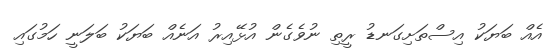
އެއް ބަޔަކު އިސްތަށިގަނޑު ރީތި ނުވެގެން އުޅޭއިރު އަނެއް ބަޔަކު ބަލަނީ ހަމުގައި